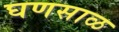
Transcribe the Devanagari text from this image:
घणसाळ